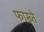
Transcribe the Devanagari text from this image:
फाख्ते